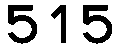
515